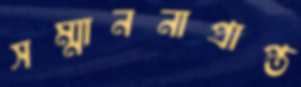
সম্মাননাপ্রাপ্ত